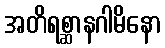
အတိရစ္ဆာနဂါမိနော